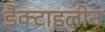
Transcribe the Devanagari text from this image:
डैक्टाइलोन